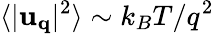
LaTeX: \langle|{\mathbf u}_{\mathbf q}|^{2}\rangle\sim k_{B}T/q^{2}